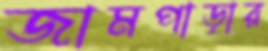
জামপাড়ার